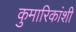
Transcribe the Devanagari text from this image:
कुमारिकांशी